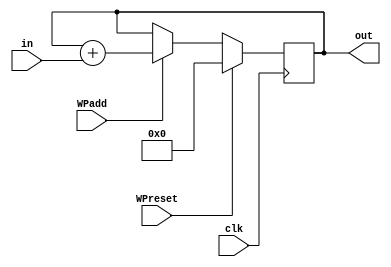
// Window Pointer
`timescale 1ns/100ps

module WindowPointer (in, clk, WPreset, WPadd, out);
input [5:0] in;
input clk;
input WPreset;
input WPadd;
output [5:0] out;
reg [5:0] out;

  always @(posedge clk)
    if (WPreset == 1) out = 0;
    else if (WPadd == 1) begin
      out = out + in;
    end

endmodule